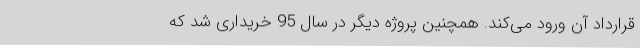
قرارداد آن ورود می‌کند. همچنین پروژه دیگر در سال 95 خریداری شد که